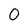
Character: 0